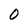
Character: 0